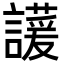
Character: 𬣊